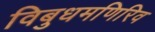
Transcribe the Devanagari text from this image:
विबुधमणिरिव